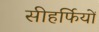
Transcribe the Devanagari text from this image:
सीहर्फियों